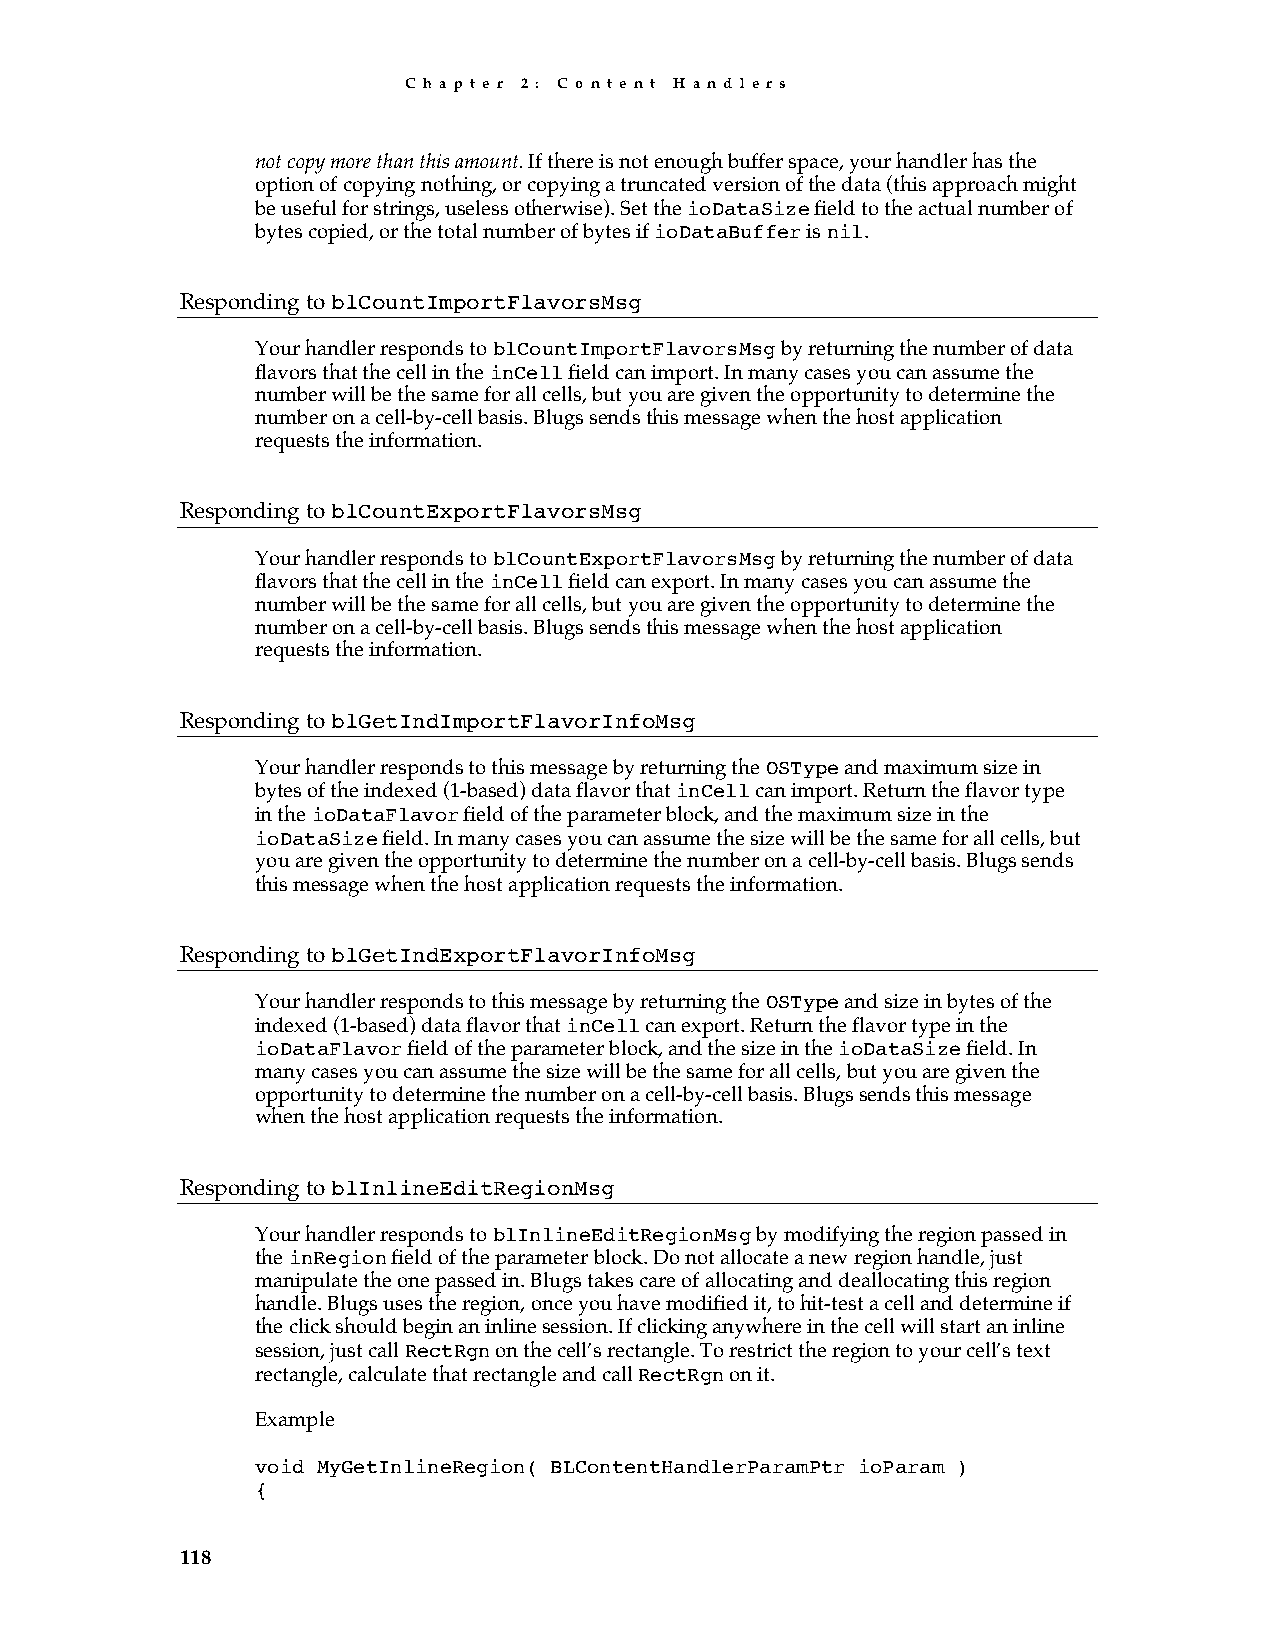
C h a p t e r 2 : C o n t e n t H a n d l e r s
 not copy more than this amount. If there is not enough buffer space, your handler has the
 option of copying nothing, or copying a truncated version of the data (this approach might
 be useful for strings, useless otherwise). Set the ioDataSize field to the actual number of
 bytes copied, or the total number of bytes if ioDataBuffer is nil.
 Responding to blCountImportFlavorsMsg
 Your handler responds to blCountImportFlavorsMsg by returning the number of data
 flavors that the cell in the inCell field can import. In many cases you can assume the
 number will be the same for all cells, but you are given the opportunity to determine the
 number on a cell-by-cell basis. Blugs sends this message when the host application
 requests the information.
 Responding to blCountExportFlavorsMsg
 Your handler responds to blCountExportFlavorsMsg by returning the number of data
 flavors that the cell in the inCell field can export. In many cases you can assume the
 number will be the same for all cells, but you are given the opportunity to determine the
 number on a cell-by-cell basis. Blugs sends this message when the host application
 requests the information.
 Responding to blGetIndImportFlavorInfoMsg
 Your handler responds to this message by returning the OSType and maximum size in
 bytes of the indexed (1-based) data flavor that inCell can import. Return the flavor type
 in the ioDataFlavor field of the parameter block, and the maximum size in the
 ioDataSize field. In many cases you can assume the size will be the same for all cells, but
 you are given the opportunity to determine the number on a cell-by-cell basis. Blugs sends
 this message when the host application requests the information.
 Responding to blGetIndExportFlavorInfoMsg
 Your handler responds to this message by returning the OSType and size in bytes of the
 indexed (1-based) data flavor that inCell can export. Return the flavor type in the
 ioDataFlavor field of the parameter block, and the size in the ioDataSize field. In
 many cases you can assume the size will be the same for all cells, but you are given the
 opportunity to determine the number on a cell-by-cell basis. Blugs sends this message
 when the host application requests the information.
 Responding to blInlineEditRegionMsg
 Your handler responds to blInlineEditRegionMsg by modifying the region passed in
 the inRegion field of the parameter block. Do not allocate a new region handle, just
 manipulate the one passed in. Blugs takes care of allocating and deallocating this region
 handle. Blugs uses the region, once you have modified it, to hit-test a cell and determine if
 the click should begin an inline session. If clicking anywhere in the cell will start an inline
 session, just call RectRgn on the cell’s rectangle. To restrict the region to your cell’s text
 rectangle, calculate that rectangle and call RectRgn on it.
 Example
 void MyGetInlineRegion( BLContentHandlerParamPtr ioParam )
 {
 118